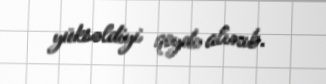
yüksəldiyi qeydə alınıb.